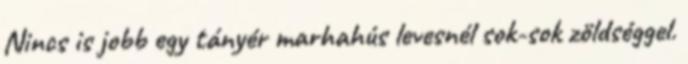
Nincs is jobb egy tányér marhahús levesnél sok-sok zöldséggel.